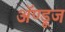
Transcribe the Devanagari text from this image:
ॲण्डूज